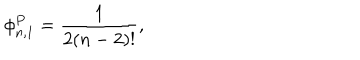
\phi _ { n , 1 } ^ { P } = \frac { 1 } { 2 ( n - 2 ) ! } ,